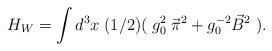
LaTeX: \begin{align*}H_W = \int d^3x \; (1/2) ( \; g_0^2 \: \vec{\pi}^2 + g_0^{-2} \vec{B}^2 \; ) .\end{align*}